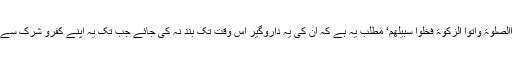
مشرکین عرب کے لیے دو راہیں: اسلام یا تلوار: ’فَاِنْ تَابُوْا وَاَقَامُواالصَّلٰوۃَ وَاٰتَوُا الزَّکٰوۃَ فَخَلُّوْا سَبِیْلَھُمْ‘ مطلب یہ ہے کہ ان کی یہ داروگیر اس وقت تک بند نہ کی جائے جب تک یہ اپنے کفرو شرک سے تائب ہو کر نماز نہ قائم کریں اور زکوٰۃ نہ ادا کرنے لگ جائیں۔